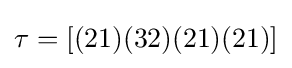
\tau =[(21)(32)(21)(21)]